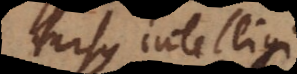
rursus intelligi